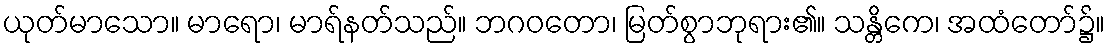
ယုတ်မာသော။ မာရော၊ မာရ်နတ်သည်။ ဘဂဝတော၊ မြတ်စွာဘုရား၏။ သန္တိကေ၊ အထံတော်၌။